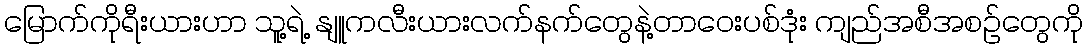
မြောက်ကိုရီးယားဟာ သူ့ရဲ့ နျူကလီးယားလက်နက်တွေနဲ့တာဝေးပစ်ဒုံး ကျည်အစီအစဉ်တွေကို